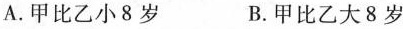
A.甲比乙小8岁 B.甲比乙大8岁